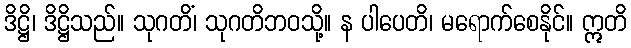
ဒိဋ္ဌိ၊ ဒိဋ္ဌိသည်။ သုဂတိံ၊ သုဂတိဘဝသို့။ န ပါပေတိ၊ မရောက်စေနိုင်။ ဣတိ